Civil Veterinary Department. Central Provinces & Berar 1932-41 - 1932-1941
Year: 1932
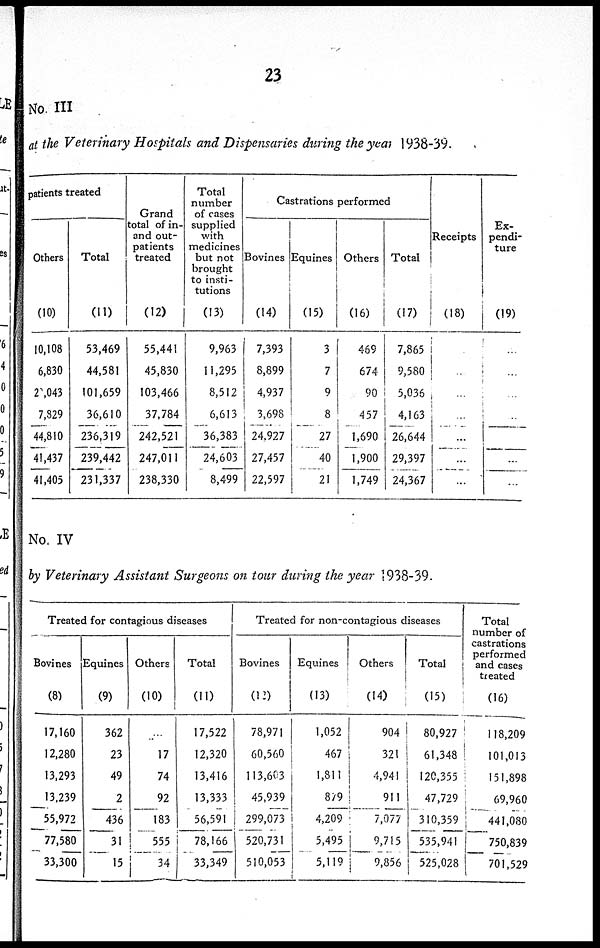
23
No. III
at the Veterinary Hospitals and Dispensaries during the year 1938-39.
patients treated
Others
(10)
10,108
6,830
20,043
7,829
44,810
41,437
41,405
Total
(11)
53,469
44,581
101,659
36,610
236,319
239,442
231,337
Grand
total of in¬
and out-
patients
treated
(12)
55,441
45,830
103,466
37,784
242,521
247,011
238,330
Total
number
of cases
supplied
with
medicines
but not
brought
to insti-
tutions
(13)
9,963
11,295
8,512
6,613
36,383
24,603
8,499
Castrations performed
Bovines
(14)
7,393
8,899
4,937
3,698
24,927
27,457
22,597
Equines
(15)
3
7
9
8
27
40
21
Others
(16)
469
674
90
457
1,690
1,900
1,749
Total
(17)
7,865
9,580
5,036
4,163
26,644
29,397
24,367
Receipts
(18)
..
...
...
...
...
...
Ex-
pendi-
ture
(19)
...
...
...
..
...
...
No. IV
by Veterinary Assistant Surgeons on tour during the year 1938-39.
Treated for contagious diseases
Bovines
(8)
17,160
12,280
13,293
13,239
55,972
77,580
33,300
Equines
(9)
362
23
49
2
436
31
15
Others
(10)
...
17
74
92
183
555
34
Total
(11)
17,522
12,320
13,416
13,333
56,591
78,166
33,349
Treated for non-contagious diseases
Bovines
(12)
78,971
60,560
113,603
45,939
299,073
520,731
510,053
Equines
(13)
1,052
467
1,811
879
4,209
5,495
5,119
Others
(14)
904
321
4,941
911
7,077
9,715
9,856
Total
(15)
80,927
61,348
120,355
47,729
310,359
535,941
525,028
Total
number of
castrations
performed
and cases
treated
(16)
118,209
101,013
151,898
69,960
441,080
750,839
701,529